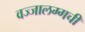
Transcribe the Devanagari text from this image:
वज्‍जालग्गची